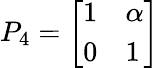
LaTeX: P_{4}={\left[\begin{array}{ll}{1}&{\alpha}\\ {0}&{1}\end{array}\right]}